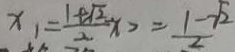
x _ { 1 } = \frac { 1 + \sqrt { 2 } } { 2 } x > = \frac { 1 - \sqrt { 2 } } { 2 }